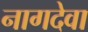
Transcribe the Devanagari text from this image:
नागदेवा